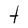
Character: t